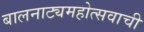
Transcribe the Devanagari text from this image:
बालनाट्यमहोत्सवाची